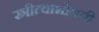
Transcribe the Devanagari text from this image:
स्त्रीत्वाभोवती